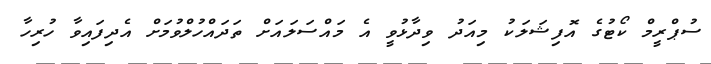
ސުޕްރީމް ކޯޓުގެ އޮފިޝަލަކު މިއަދު ވިދާޅުވީ އެ މައްސަލައަށް ތަދައްހުލްވުމަށް އެދިފައިވާ ހުރިހާ